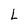
Character: L